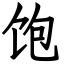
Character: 饱